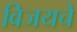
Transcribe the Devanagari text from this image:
विजयचे